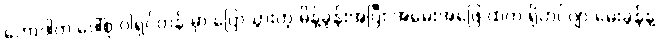
ဟောဒါက ဒေါ်စု ဝါရှင်တန် မှာ ပြောသွားတဲ့ မိန့်ခွန်းအပြီး အမေးအဖြေ ထဲက ရိုဟင်ဂျာ မေးခွန်နဲ့